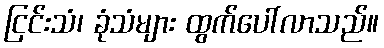
ငြင်းသံ၊ ခုံသံများ ထွက်ပေါ်လာသည်။